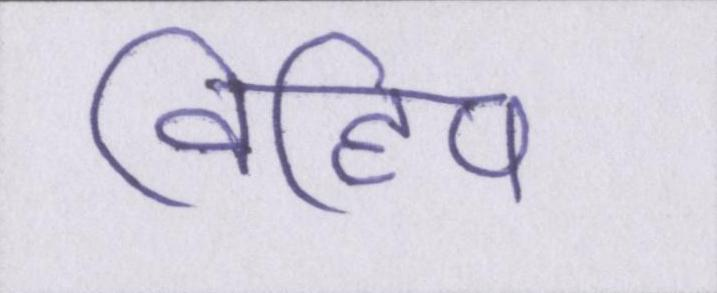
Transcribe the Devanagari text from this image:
विहिप